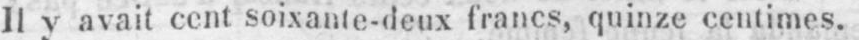
Il y avait cent soixante-deux francs, quinze centimes.